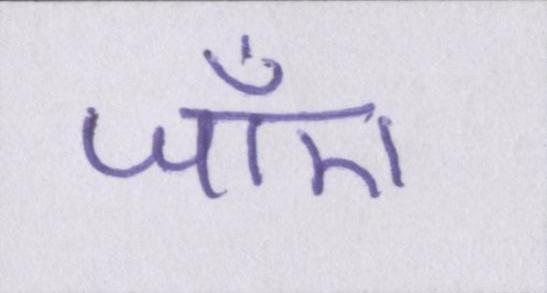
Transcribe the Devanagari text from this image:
जाँए